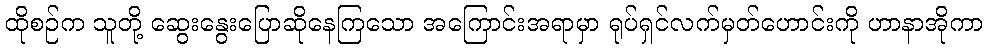
ထိုစဉ်က သူတို့ ဆွေးနွေးပြောဆိုနေကြသော အကြောင်းအရာမှာ ရုပ်ရှင်လက်မှတ်ဟောင်းကို ဟာနာအိုကာ